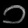
Digit: ၁